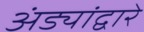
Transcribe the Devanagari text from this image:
अंड्यांद्वारे